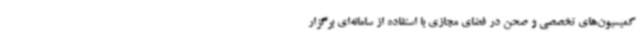
کمیسیون‌های تخصصی و صحن در فضای مجازی با استفاده از سامانه‌ای برگزار